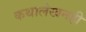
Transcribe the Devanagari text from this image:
कथालेखनही